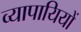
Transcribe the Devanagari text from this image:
व्यापायियों